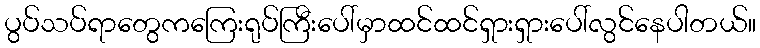
ပွပ်သပ်ရာတွေကကြေးရုပ်ကြီးပေါ်မှာထင်ထင်ရှားရှားပေါ်လွင်နေပါတယ်။